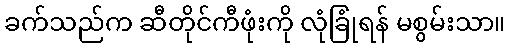
ခက်သည်က ဆီတိုင်ကီဖုံးကို လုံခြုံရန် မစွမ်းသာ။